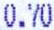
0.70